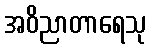
အဝိညာတာရေသု